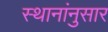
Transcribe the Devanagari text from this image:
स्थानांनुसार